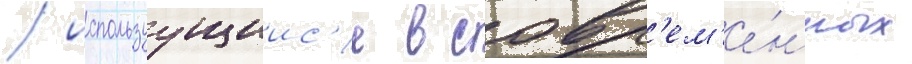
/ используущиис'я в совр'ем'е́нных